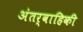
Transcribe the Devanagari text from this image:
अंतर्वाहिकी